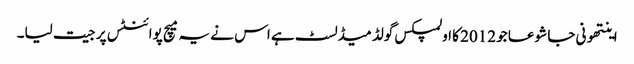
اینتھونی جا شوعا جو 2012 کا اولمپکس گولڈ میڈلسٹ ہے اس نے یہ میچ پوائنٹس پر جیت لیا۔